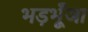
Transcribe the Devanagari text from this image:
भड़भूँजा